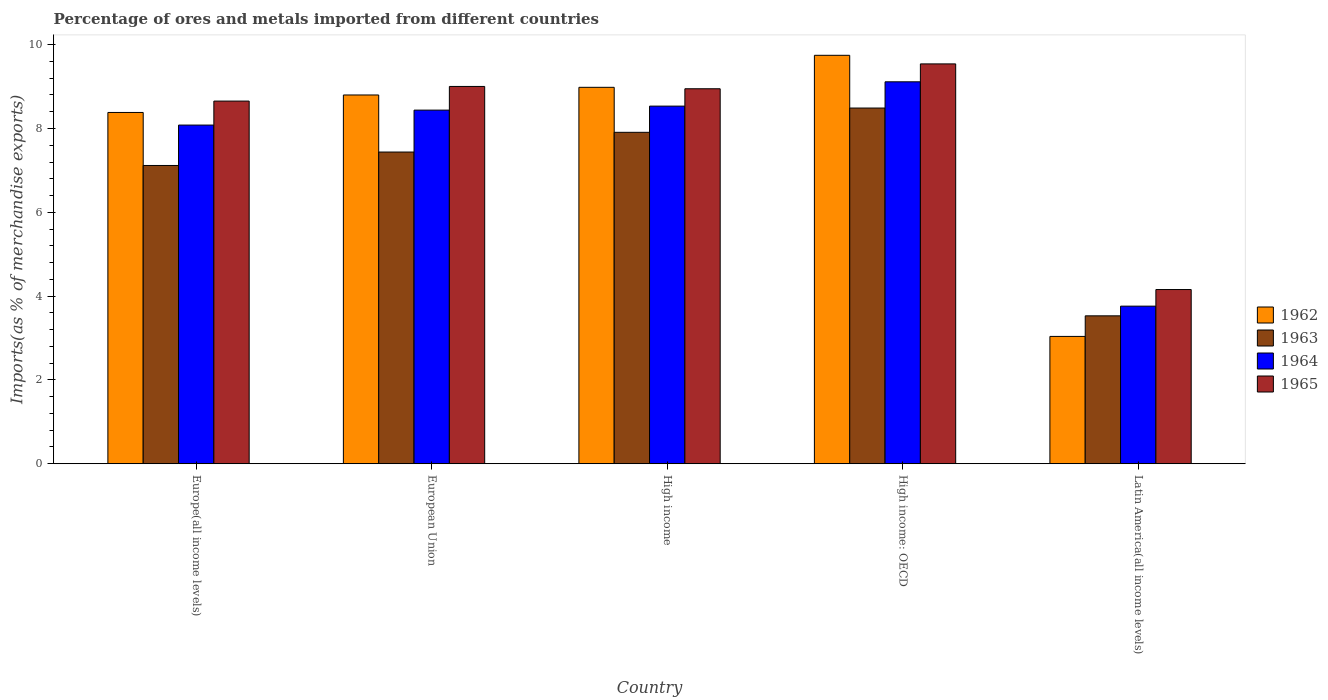
| Country | 1962 | 1963 | 1964 | 1965 |
 | --- | --- | --- | --- | --- |
 | Europe(all income levels) | 8.38 | 7.12 | 8.08 | 8.65 |
 | European Union | 8.8 | 7.44 | 8.44 | 9 |
 | High income | 8.98 | 7.91 | 8.53 | 8.95 |
 | High income: OECD | 9.75 | 8.49 | 9.11 | 9.54 |
 | Latin America(all income levels) | 3.04 | 3.53 | 3.76 | 4.16 |